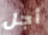
أجل